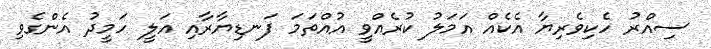
ސިއްރު ހެކިވެރިޔާ އެކެއް އަމަލު ކުރެއްވީ އުއްތަމަ ފަނޑިޔާރާއި އަލީ ހަމީދު އެންގެވި